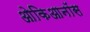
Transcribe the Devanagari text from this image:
ओकिआनॉस